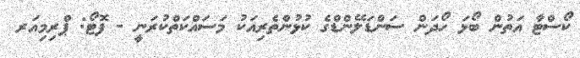
ކޯސްޓާ އަތުން ބޯޅަ ހޯދަން ސަންޑަލޭންޑްގެ ކުޅުންތެރިއަކު މަސައްކަތްކުރަނީ - ފޮޓޯ: ޕްރިމިއަރ